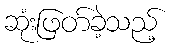
ဆုံးဖြတ်ခဲ့သည့်